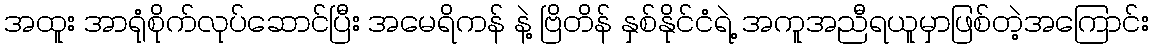
အထူး အာရုံစိုက်လုပ်ဆောင်ပြီး အမေရိကန် နဲ့ ဗြိတိန် နှစ်နိုင်ငံရဲ့ အကူအညီရယူမှာဖြစ်တဲ့အကြောင်း